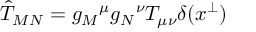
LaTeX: \hat { T } _ { M N } = g _ { M } { } ^ { \mu } g _ { N } { } ^ { \nu } T _ { \mu \nu } \delta ( x ^ { \perp } )